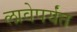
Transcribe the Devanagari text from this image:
लावेपर्यंत